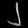
Digit: ၂